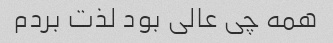
همه چی عالی بود لذت بردم